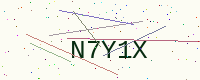
Text: N7Y1X